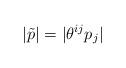
LaTeX: \begin{align*}|\tilde{p}| = |\theta^{ij}p_{j}|\end{align*}